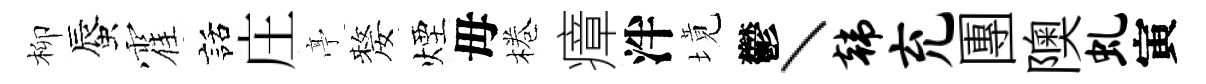
柳蜃霍話庄𠅘嫠煙母棬瘴泮境鬱丶韩充團隩虬寅